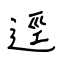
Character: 逕